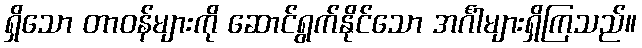
ရှိသော တာဝန်များကို ဆောင်ရွက်နိုင်သော အင်္ဂါများရှိကြသည်။